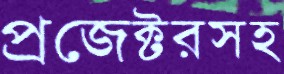
প্রজেক্টরসহ